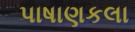
પાષાણકલા